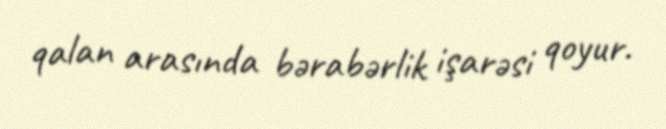
qalan arasında bərabərlik işarəsi qoyur.